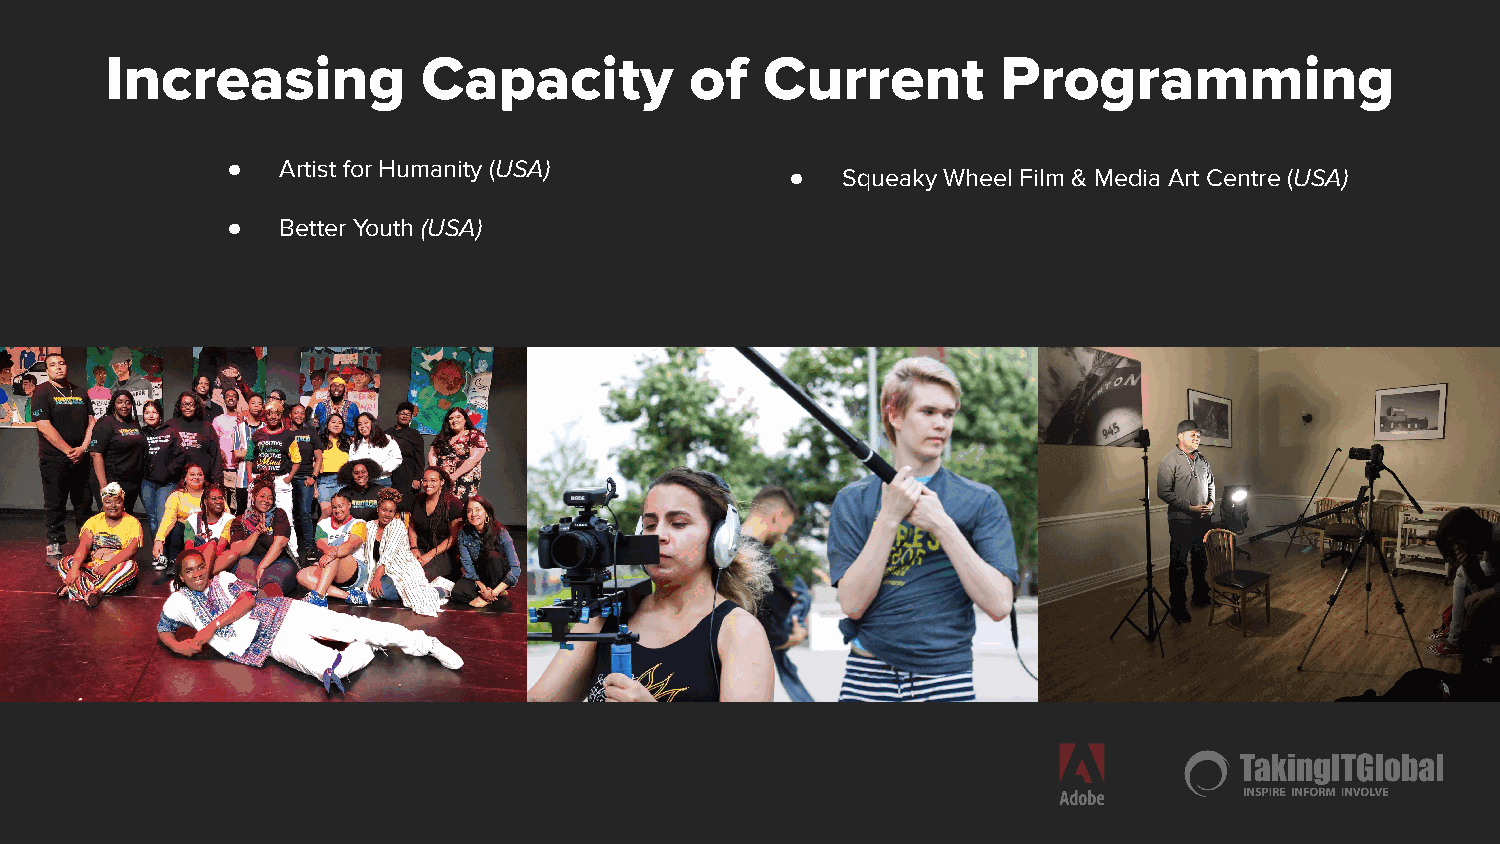
Increasing           Capacity          of   Current        Programming
 ●   Artist for Humanity (USA)
 ●   Squeaky Wheel Film & Media Art Centre (USA)
 ●   Better Youth (USA)